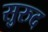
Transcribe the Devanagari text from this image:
सुरुद